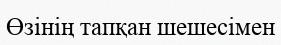
Өзінің тапқан шешесімен